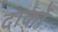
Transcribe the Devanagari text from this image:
दार्को